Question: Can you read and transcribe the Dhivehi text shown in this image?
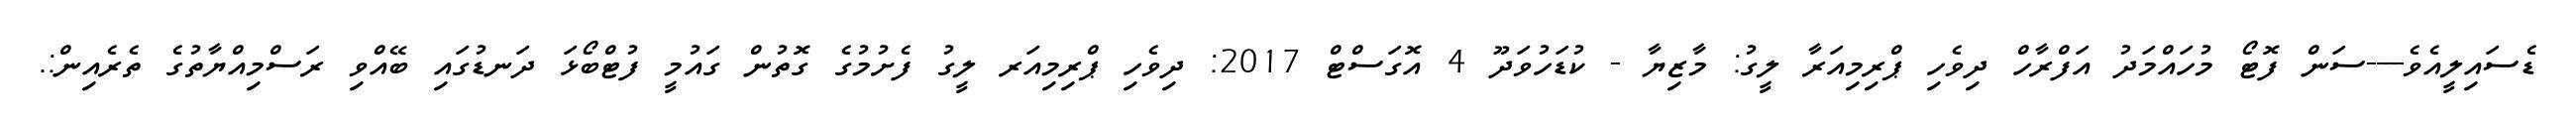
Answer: ޑެސައިލީއެވެ----ސަން ފޮޓޯ މުހައްމަދު އަފްރާހް ދިވެހި ޕްރިމިއަރާ ލީގު: މާޒިޔާ - ކުޑަހުވަދޫ 4 އޮގަސްޓް 2017: ދިވެހި ޕްރިމިއަރ ލީގު ފެށުމުގެ ގޮތުން ގައުމީ ފުޓްބޯޅަ ދަނޑުގައި ބޭއްވި ރަސްމިއްޔާތުގެ ތެރެއިން:.